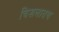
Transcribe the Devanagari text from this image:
चिखलातच